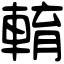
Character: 𨌯